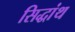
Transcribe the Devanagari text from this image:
सिद्धांथ